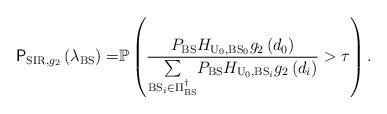
LaTeX: \begin{align*}\mathsf{P}_{\mathrm{SIR},g_{2}}\left(\lambda_{\mathrm{BS}}\right)= & \mathbb{P}\left(\frac{P_{\mathrm{BS}}H_{\mathrm{U}_{0},\mathrm{BS}_{0}}g_{2}\left(d_{0}\right)}{\underset{\mathrm{BS}_{i}\in\Pi_{\mathrm{BS}}^{\dagger}}{\sum}P_{\mathrm{BS}}H_{\mathrm{U}_{0},\mathrm{BS}_{i}}g_{2}\left(d_{i}\right)}>\tau\right).\end{align*}